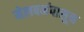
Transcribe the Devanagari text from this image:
मेलबर्नपासून